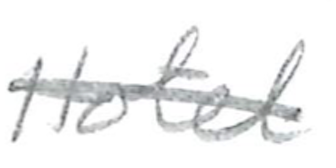
Text: Hotel
Cross-out: single-line
Writing tool: pencil